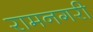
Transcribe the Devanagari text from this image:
रामनगरी